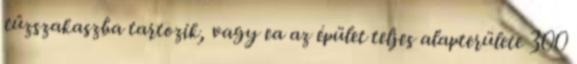
tûzszakaszba tartozik, vagy ea az épület teljes alapterülete 300